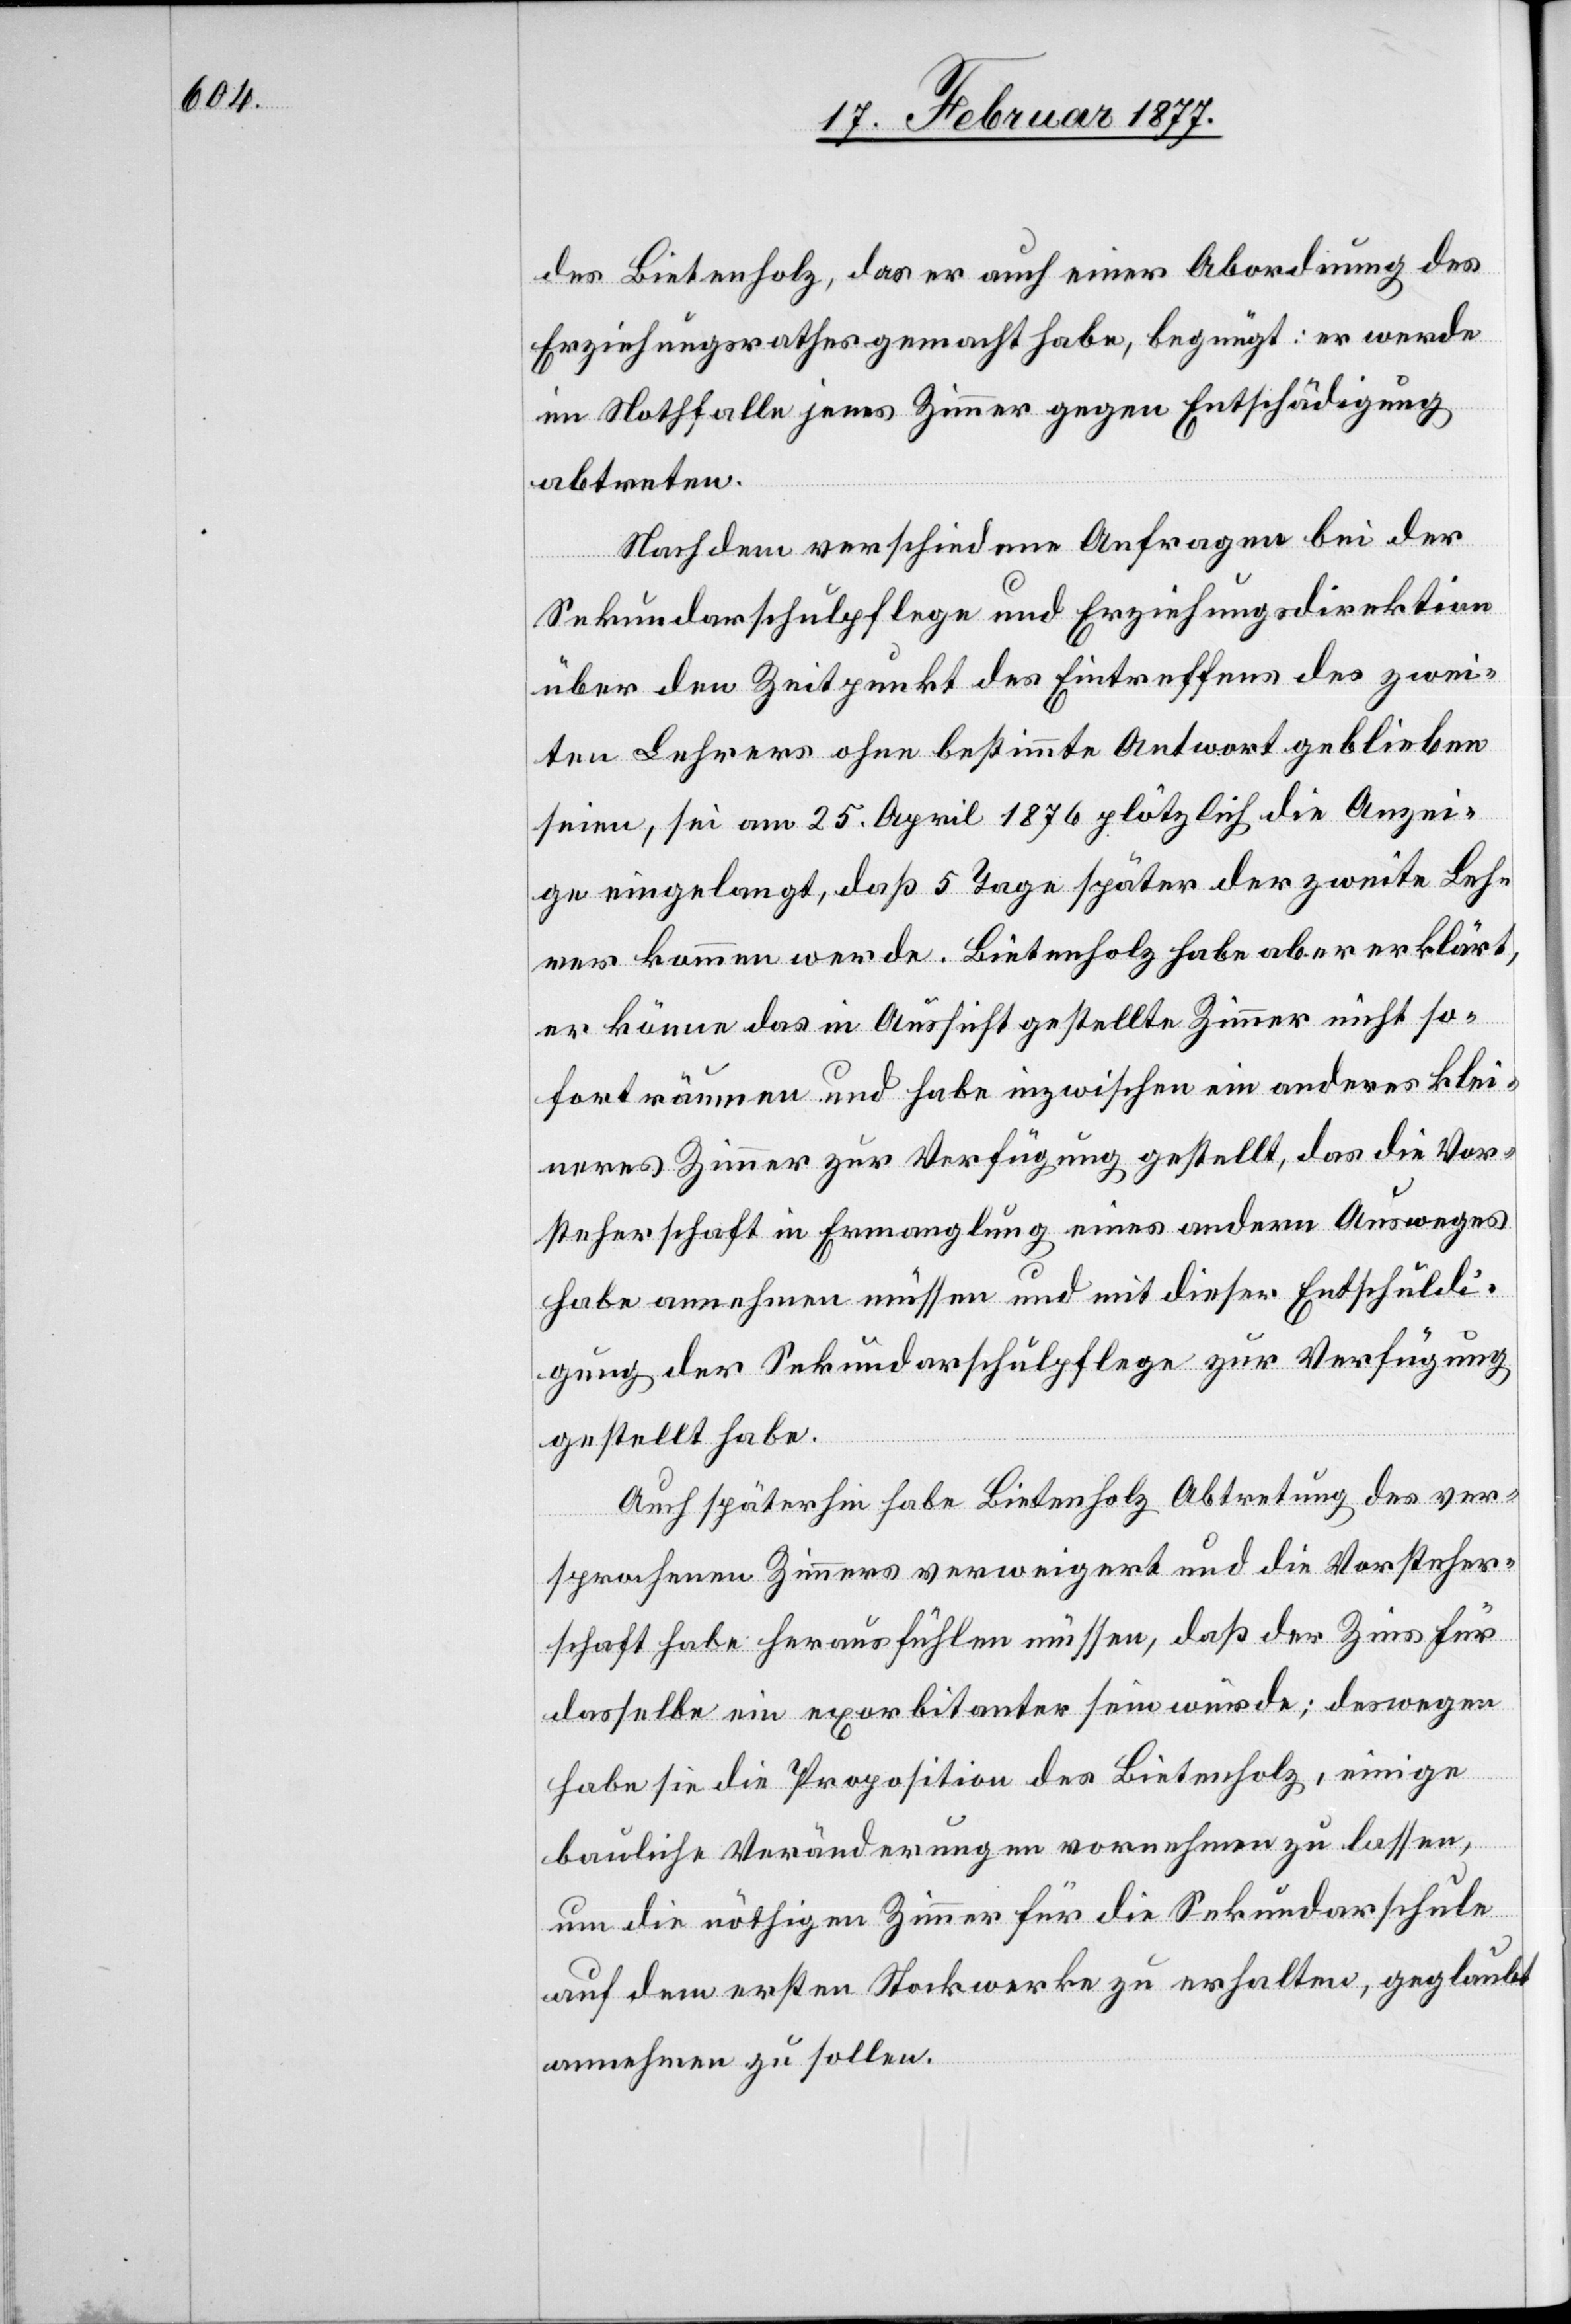
des Bietenholz, das er auch einer Abordnung des
Erziehungsrathes gemacht habe, begnügt: er werde
im Nothfalle jenes Zimmer gegen Entschädigung
abtreten.
Nachdem verschiedene Anfragen bei der
Sekundarschulpflege und Erziehungsdirektion
über den Zeitpunkt des Eintreffens des zwei¬
ten Lehrers ohne bestimmte Antwort geblieben
seien, sei am 25. April 1876 plötzlich die Anzei¬
ge eingelangt, daß 5 Tage später der zweite Leh¬
rer kommen werde. Bietenholz habe aber erklärt,
er könne das in Aussicht gestellte Zimmer nicht so¬
fort räumen und habe inzwischen ein anderes klei¬
neres Zimmer zur Verfügung gestellt, das die Vor¬
steherschaft in Ermangelung eines andern Ausweges
habe annehmen müssen und mit dieser Entschuldi¬
gung der Sekundarschulpflege zur Verfügung
gestellt habe.
Auch späterhin habe Bietenholz Abtretung des ver¬
sprochenen Zimmers verweigert und die Vorsteher¬
schaft habe herausfühlen müssen, daß der Zins für
dasselbe ein exorbitanter sein würde; deswegen
habe sie die Proposition des Bietenholz, einige
bauliche Veränderungen vornehmen zu lassen,
um die nöthigen Zimmer für die Sekundarschule
auf dem ersten Stockwerke zu erhalten, geglaubt
annehmen zu sollen.